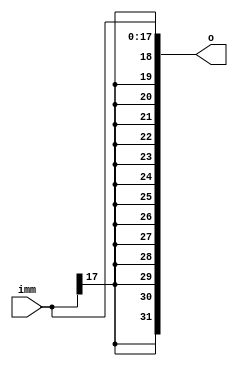
module ext18 (
    input [17:0] imm, // immediate number read from instruction [15:0]
    output [31:0] o
);
// this module is for instructio bne and beq , we do signed-extend
assign o={{14{imm[17]}},imm};

endmodule //ext18